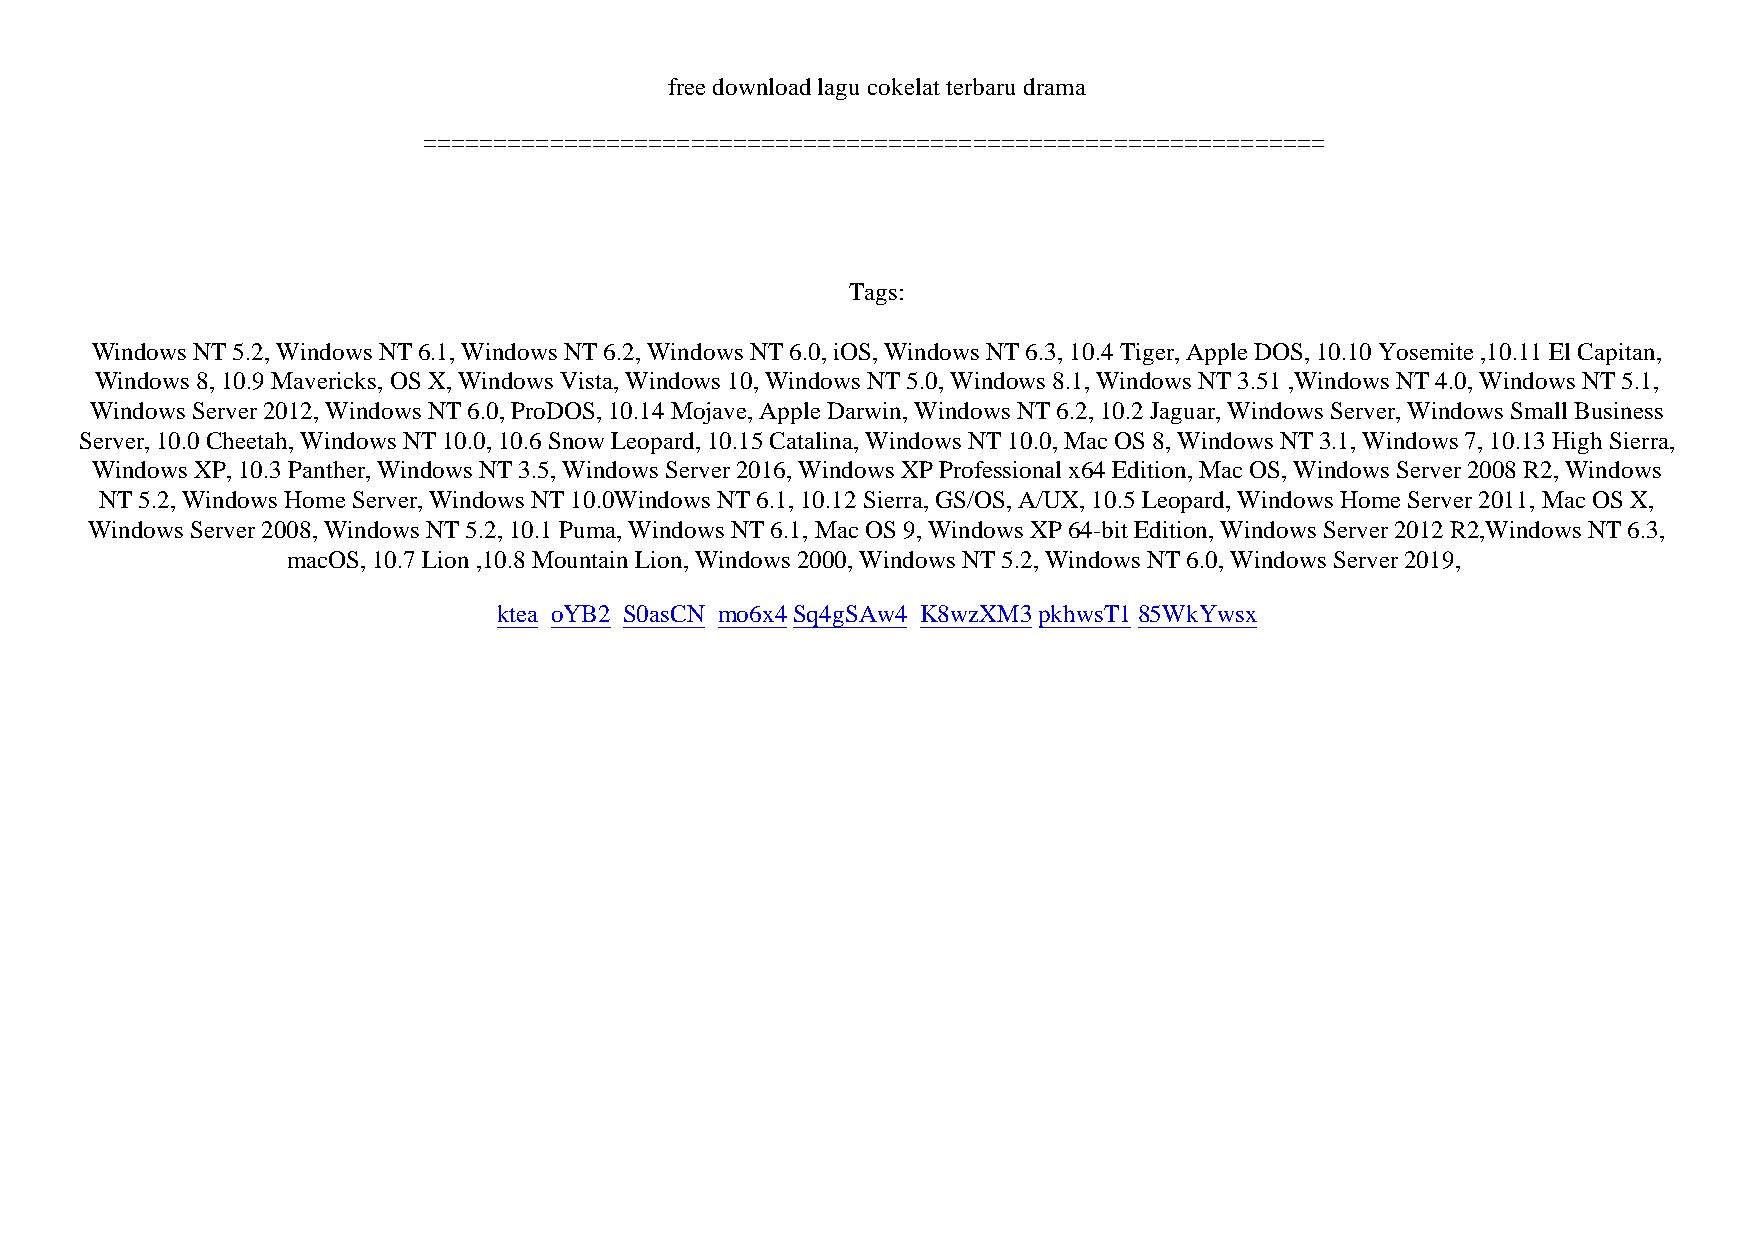
free download lagu cokelat terbaru drama
 ================================================================
 Tags:
 Windows NT 5.2, Windows NT 6.1, Windows NT 6.2, Windows NT 6.0, iOS, Windows NT 6.3, 10.4 Tiger, Apple DOS, 10.10 Yosemite ,10.11 El Capitan,
 Windows 8, 10.9 Mavericks, OS X, Windows Vista, Windows 10, Windows NT 5.0, Windows 8.1, Windows NT 3.51 ,Windows NT 4.0, Windows NT 5.1,
 Windows Server 2012, Windows NT 6.0, ProDOS, 10.14 Mojave, Apple Darwin, Windows NT 6.2, 10.2 Jaguar, Windows Server, Windows Small Business
 Server, 10.0 Cheetah, Windows NT 10.0, 10.6 Snow Leopard, 10.15 Catalina, Windows NT 10.0, Mac OS 8, Windows NT 3.1, Windows 7, 10.13 High Sierra,
 Windows XP, 10.3 Panther, Windows NT 3.5, Windows Server 2016, Windows XP Professional x64 Edition, Mac OS, Windows Server 2008 R2, Windows
 NT 5.2, Windows Home Server, Windows NT 10.0Windows NT 6.1, 10.12 Sierra, GS/OS, A/UX, 10.5 Leopard, Windows Home Server 2011, Mac OS X,
 Windows Server 2008, Windows NT 5.2, 10.1 Puma, Windows NT 6.1, Mac OS 9, Windows XP 64-bit Edition, Windows Server 2012 R2,Windows NT 6.3,
 macOS, 10.7 Lion ,10.8 Mountain Lion, Windows 2000, Windows NT 5.2, Windows NT 6.0, Windows Server 2019,
 ktea oYB2 S0asCN mo6x4Sq4gSAw4 K8wzXM3pkhwsT185WkYwsx